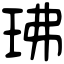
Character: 𤤖